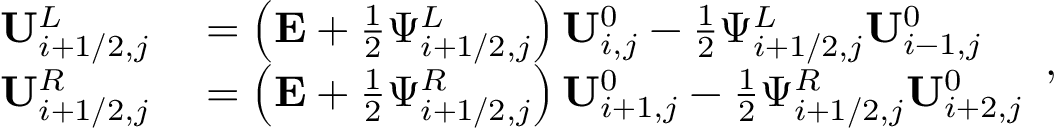
\begin{array} { r l } { \mathbf { U } _ { i + 1 / 2 , j } ^ { L } } & { { } = \left( \mathbf { E } + \frac { 1 } { 2 } \Psi _ { i + 1 / 2 , j } ^ { L } \right) \mathbf { U } _ { i , j } ^ { 0 } - \frac { 1 } { 2 } \Psi _ { i + 1 / 2 , j } ^ { L } \mathbf { U } _ { i - 1 , j } ^ { 0 } } \\ { \mathbf { U } _ { i + 1 / 2 , j } ^ { R } } & { { } = \left( \mathbf { E } + \frac { 1 } { 2 } \Psi _ { i + 1 / 2 , j } ^ { R } \right) \mathbf { U } _ { i + 1 , j } ^ { 0 } - \frac { 1 } { 2 } \Psi _ { i + 1 / 2 , j } ^ { R } \mathbf { U } _ { i + 2 , j } ^ { 0 } } \end{array} ,